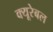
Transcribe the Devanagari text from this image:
क्यूरेबल